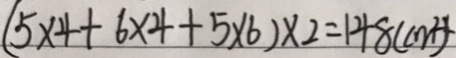
( 5 \times 4 + 6 \times 4 + 5 \times 6 ) \times 2 = 1 4 8 ( c m ^ { 2 } )